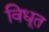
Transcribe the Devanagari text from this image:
विधूत